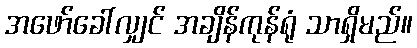
အဖော်ခေါ်လျှင် အချိန်ကုန်ရုံ သာရှိမည်။